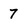
Character: 7